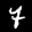
Label: 7